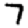
Digit: 7